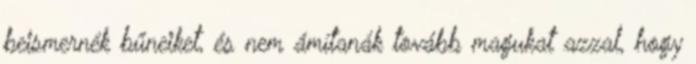
beismernék bűneiket, és nem ámítanák tovább magukat azzal, hogy